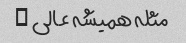
مثله همیشه عالی …